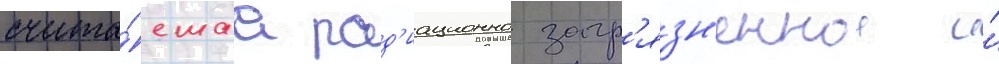
счита́емаа рад'иационно загр'язн'еннои и́